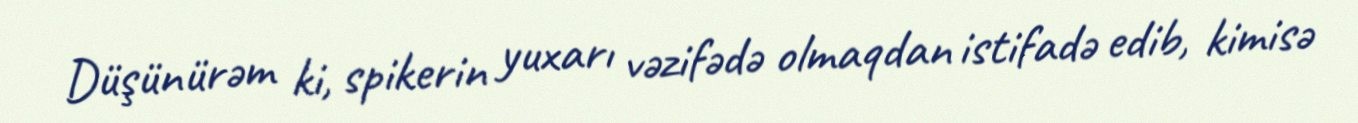
Düşünürəm ki, spikerin yuxarı vəzifədə olmaqdan istifadə edib, kimisə